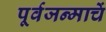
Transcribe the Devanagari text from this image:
पूर्वजन्माचें